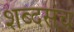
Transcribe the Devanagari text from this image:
शब्दसंच